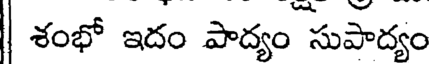
| శంభో ఇదం పాద్యం సుపాద్యం